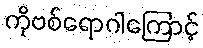
ကိုဗစ်ရောဂါကြောင့်